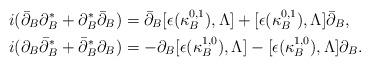
LaTeX: \begin{align*}i(\bar\partial_B \partial_B^* + \partial_B^* \bar\partial_B) &= \bar\partial_B [\epsilon(\kappa_B^{0,1}),\Lambda] + [\epsilon(\kappa_B^{0,1}),\Lambda]\bar\partial_B, \\i(\partial_B \bar\partial_B^* + \bar\partial_B^* \partial_B) &= -\partial_B [\epsilon(\kappa_B^{1,0}),\Lambda] - [\epsilon(\kappa_B^{1,0}),\Lambda]\partial_B. \end{align*}